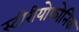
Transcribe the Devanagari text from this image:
स्टीरीयोफोनिक